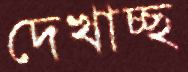
দেখাচ্ছ